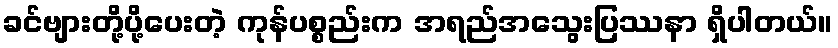
ခင်ဗျားတို့ပို့ပေးတဲ့ ကုန်ပစ္စည်းက အရည်အသွေးပြဿနာ ရှိပါတယ်။